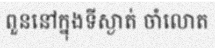
ពួននៅក្នុងទីស្ងាត់ ចាំលោត